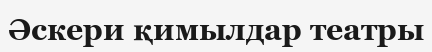
Әскери қимылдар театры